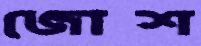
জোশ